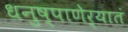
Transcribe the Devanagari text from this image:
धनुष्पाणेर्यातं